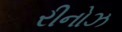
રીનોઝ